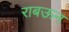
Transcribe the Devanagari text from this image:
राबऊन